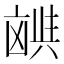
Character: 𫥪